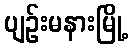
ပျဉ်းမနားမြို့